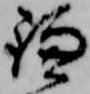
鎌